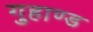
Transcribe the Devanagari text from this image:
गुहाण्ड